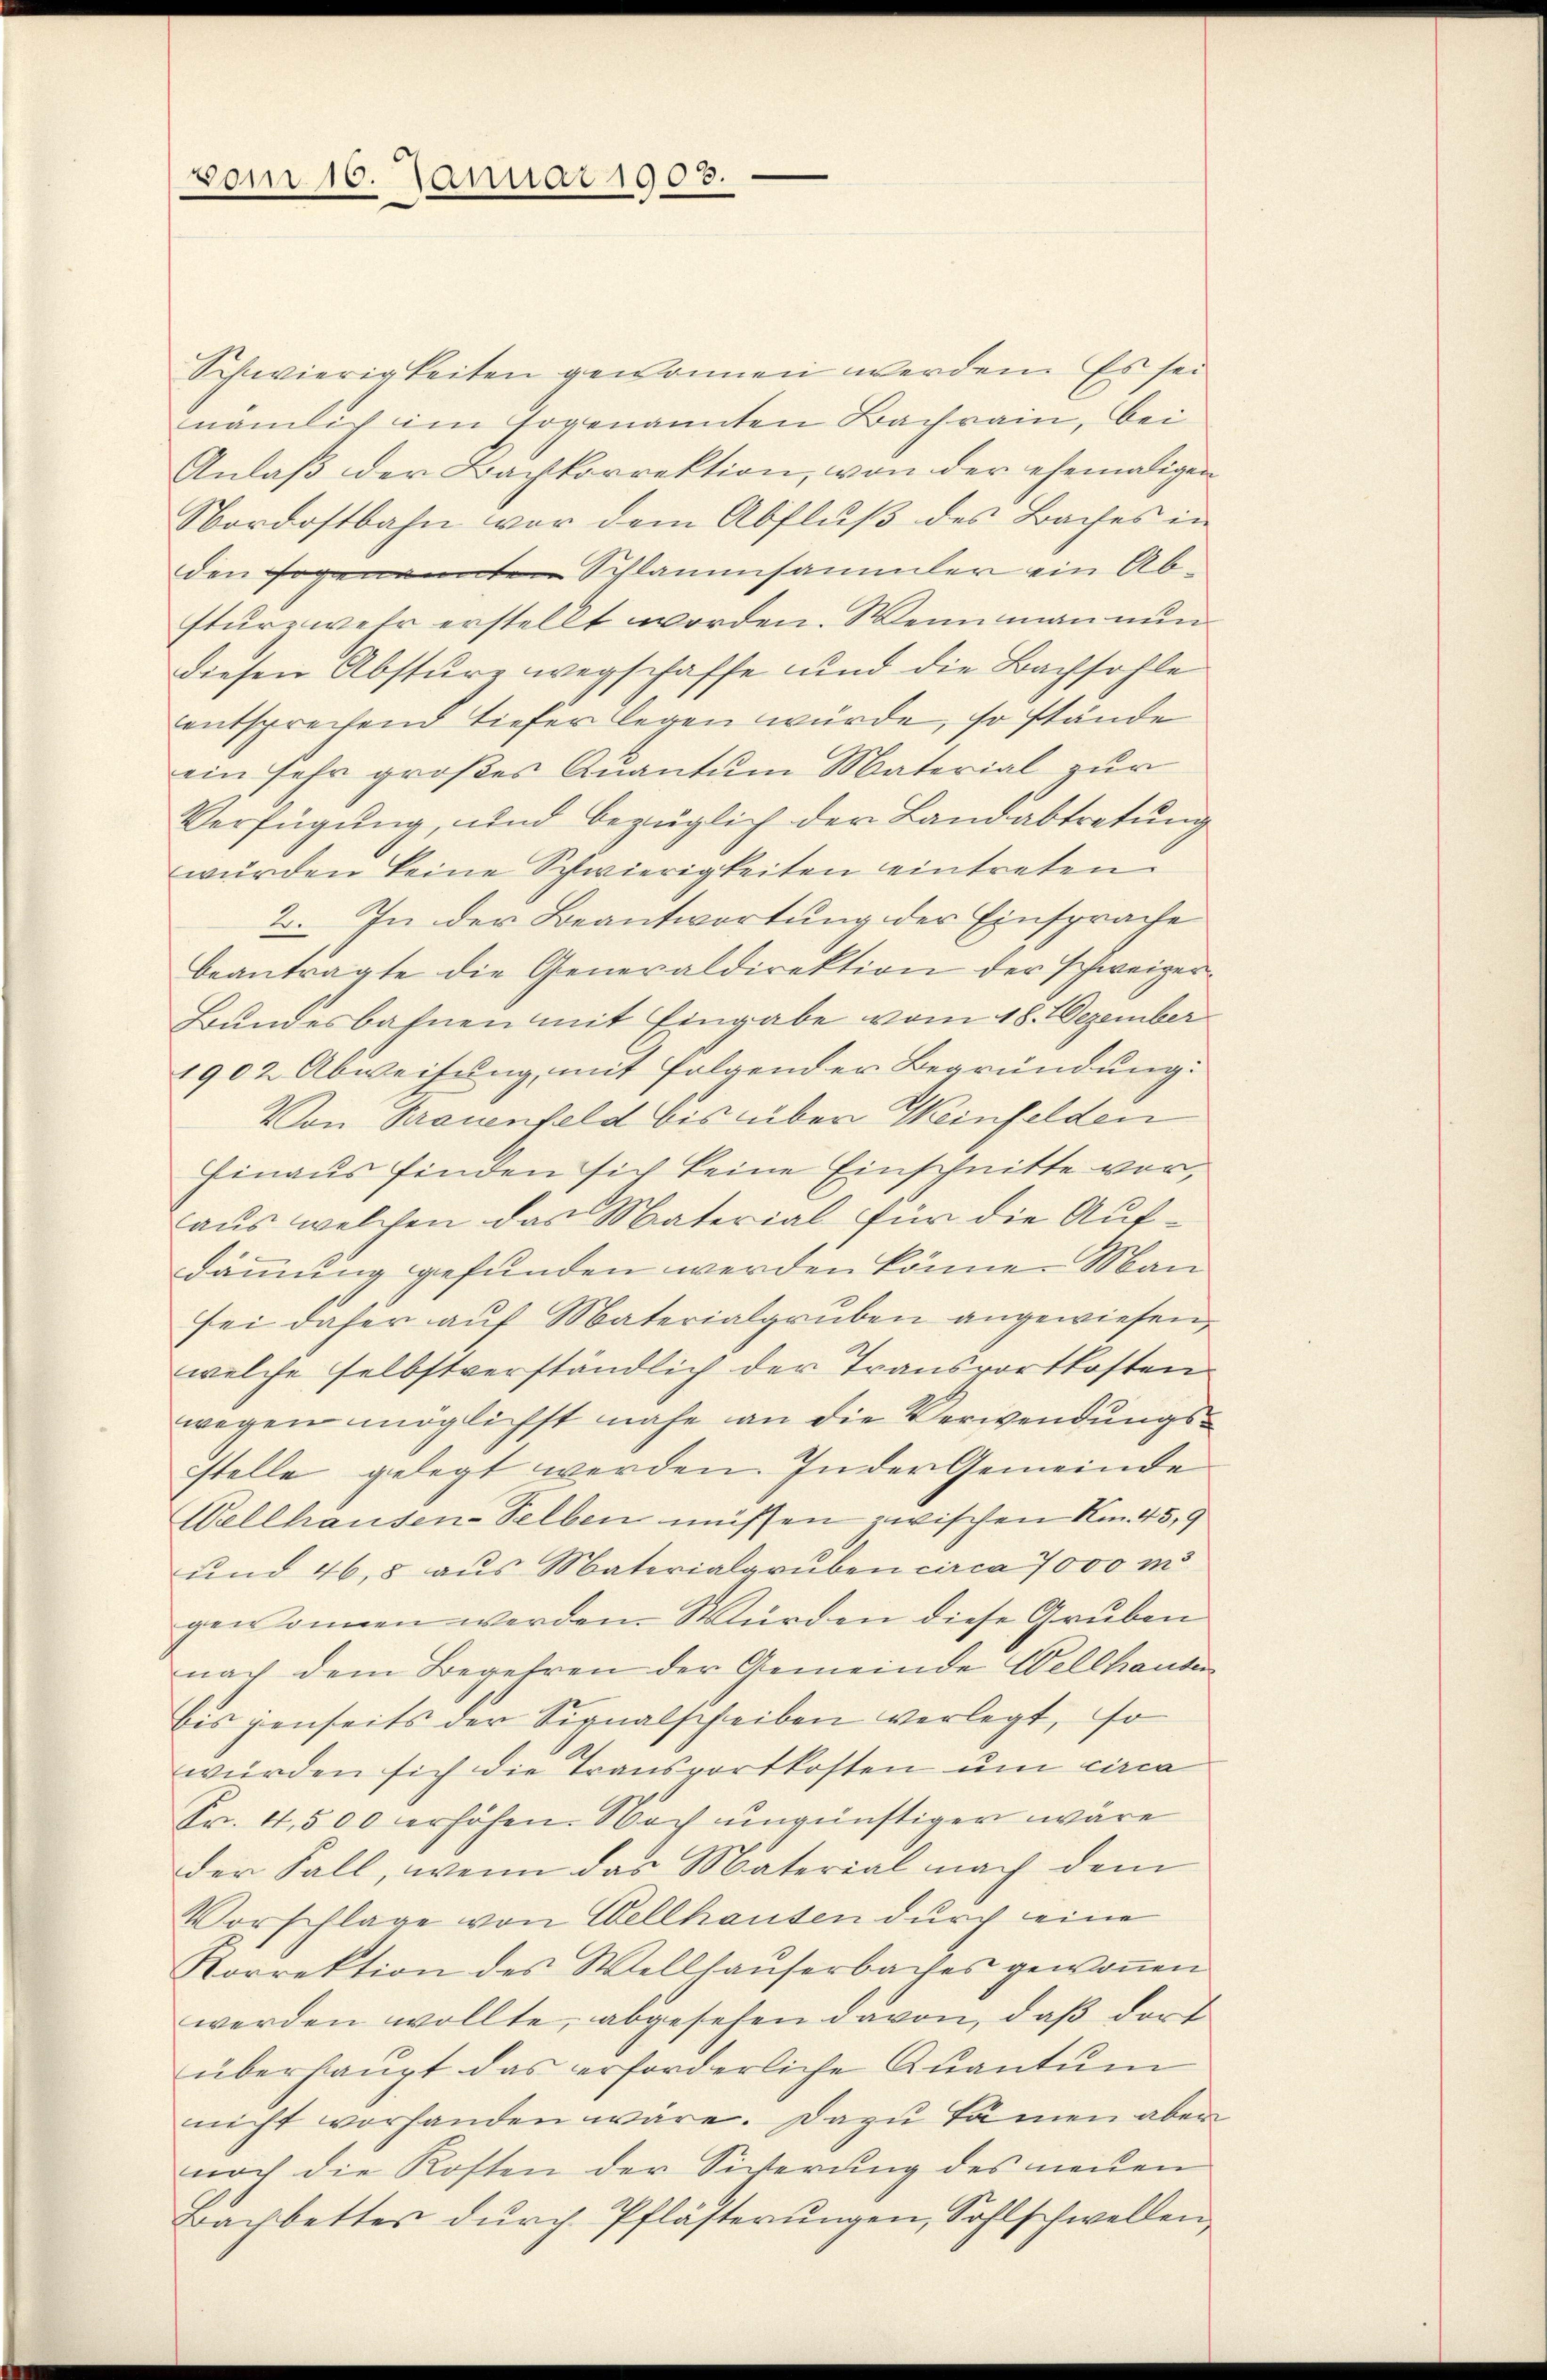
vom 10. Januar 1903.

Schwierigkeiten gewonnen werden. Es sei
nämlich im sogenannten Bachrain, bei
Anlaβ der Bachkorrektion, von der ehemaligen
Nordostbahn vor dem Abfluß des Baches in
den sogenannten Schlammsammler ein Absturzwehr erstellt worden. Wenn man nun
diesen Absture wegschaffe und die Bachsohle
entsprechend tiefer legen würde, so stände
ein sehr großes Quantum Material zur
Verfügung, und bezüglich der Landabtretung
wurden keine Schwierigkeiten eintreten.
2. In der Beantwortung der Einsprache
beantragte die Generaldirektion der schweizer
Bundesbahnen mit Eingabe vom 18. Dezember
1902 Abweisung, mit folgender Begründung.
Von Frauenfeld bis über Weinfelden
hinaus finden sich keine Einschnitte vor,
aus, welchen das Material für die Aufdämmung gefunden werden könne. Man
sei daher auf Materialgruben angewiesen,
welche selbstverständlich der Transportkosten
wegen möglichst nahe an die Verwendungsstelle gelegt werden. In der Gemeinde
Wellhausen-Selben müssen zwischen No. 45,9
und 468 aus Materialgruben circa 7000 m
gewonnen werden. Würden diese Gruben
nach dem Begehren der Gemeinde Wellhausen
bis jenseits der Signalscheiben verlegt, so
würden sich die Transportkosten um circa
Fr. 4,500 erhöhen. Nach ungünstiger wäre
der Fall, wenn das Material nach dem
Vorschlage von Wellhausen durch eine
Korrektion des Wellhauserbaches gewonen
werden wollte, abgesehen davon, daß dort
überhaupt das erforderliche Quantum
nicht vorhanden wäre. Dazu kämen aber
noch die Kosten der Siverung des neuen
Dachbettes dŭrch Pflästerŭngen, Sohlschwellen,